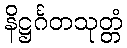
နိဋ္ဌင်္ဂတသုတ္တံ